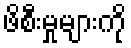
ဖိစီးမှုများကို